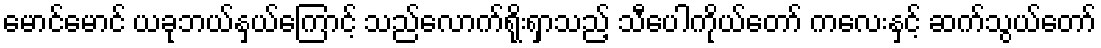
မောင်မောင် ယခုဘယ်နှယ်ကြောင့် သည်လောက်ရိုးရှာသည့် သီပေါကိုယ်တော် ကလေးနှင့် ဆက်သွယ်တော်